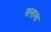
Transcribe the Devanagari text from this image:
अनामा